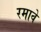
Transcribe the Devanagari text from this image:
रमावे